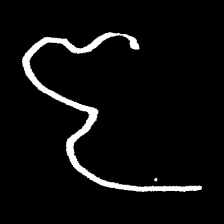
Pyu character \u2014 Myanmar letter: ဇ (romanized: ja)